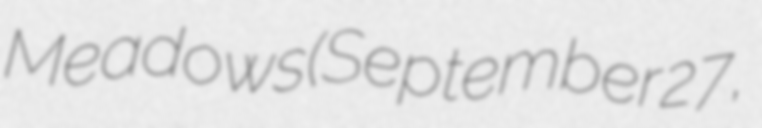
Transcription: Meadows (September 27,